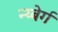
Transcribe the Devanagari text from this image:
न्य्बेर्ग